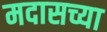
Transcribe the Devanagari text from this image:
मदासच्या